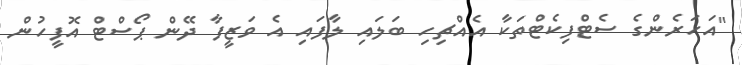
"އަހަރެންގެ ސެޓްފިކެޓްތަކާ އެއްޗިހި ބަލައި ލާފައި އެ ވަޒީފާ ދޭން ޕޯސްޓް އޮފީހުން